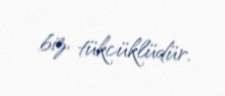
biz, tükcüklüdür.